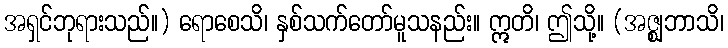
အရှင်ဘုရားသည်။) ရောစေသိ၊ နှစ်သက်တော်မူသနည်း။ ဣတိ၊ ဤသို့။ (အဇ္ဈဘာသိ၊